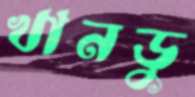
খানডু